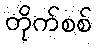
တိုက်စစ်